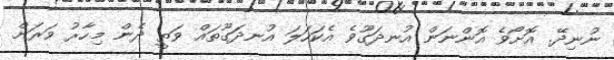
ނުނިދޭ. އޮށޯވެ އޮންނަން އުނދަގޫވެ އެކަހަލަ އުނދަގޫތައް ވަތީ ދެން މިހާރު ވަރަށް